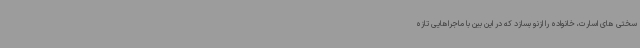
سختی های اسارت، خانواده را ازنو بسازد که در این بین با ماجراهایی تازه